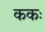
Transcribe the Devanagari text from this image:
ककः